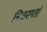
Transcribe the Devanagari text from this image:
निवसतां